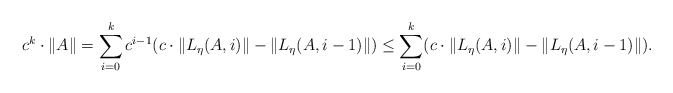
\begin{align*} c^k \cdot \|A\| = \sum_{i=0}^k c^{i-1} (c \cdot \|L_\eta(A,i)\| - \|L_\eta(A,i-1)\|) \leq \sum_{i=0}^k (c \cdot \|L_\eta(A,i)\| - \|L_\eta(A,i-1)\|).\end{align*}